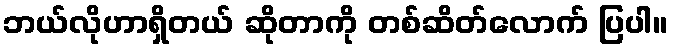
ဘယ်လိုဟာရှိတယ် ဆိုတာကို တစ်ဆိတ်လောက် ပြပါ။